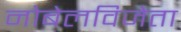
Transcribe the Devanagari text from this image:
नोबेलविजेता